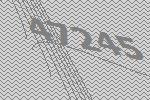
47245